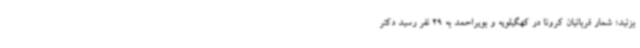
بزنید؛ شمار قربانیان کرونا در کهگیلویه و بویراحمد به 29 نفر رسید دکتر